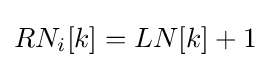
RN_{i}[k]=LN[k]+1